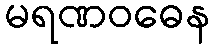
မရဏဝဓေန